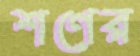
শণের